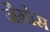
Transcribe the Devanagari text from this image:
जैग्रोस